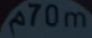
70m